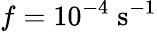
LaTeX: f=10^{-4}\; \mathrm{s}^{-1}